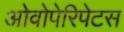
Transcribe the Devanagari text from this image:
ओवोपेरिपेटस